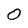
Character: 0